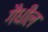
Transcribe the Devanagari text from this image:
गैधील